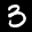
Label: 3